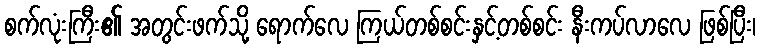
စက်လုံးကြီး၏ အတွင်းဖက်သို့ ရောက်လေ ကြယ်တစ်စင်းနှင့်တစ်စင်း နီးကပ်လာလေ ဖြစ်ပြီး၊